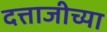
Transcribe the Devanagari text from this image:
दत्ताजीच्या